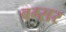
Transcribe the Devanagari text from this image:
बग्सर